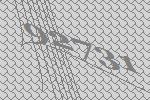
92731